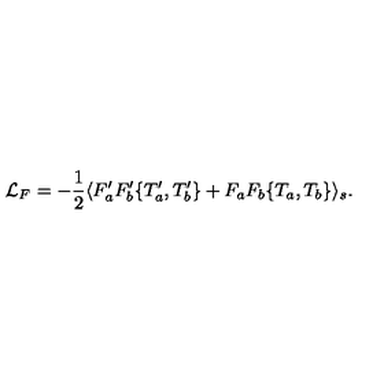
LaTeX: { \cal L } _ { F } = - \frac { 1 } { 2 } \langle F _ { a } ^ { \prime } F _ { b } ^ { \prime } \{ T _ { a } ^ { \prime } , T _ { b } ^ { \prime } \} + F _ { a } F _ { b } \{ T _ { a } , T _ { b } \} \rangle _ { s } .